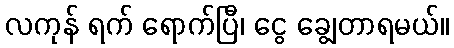
လကုန် ရက် ရောက်ပြီ၊ ငွေ ချွေတာရမယ်။